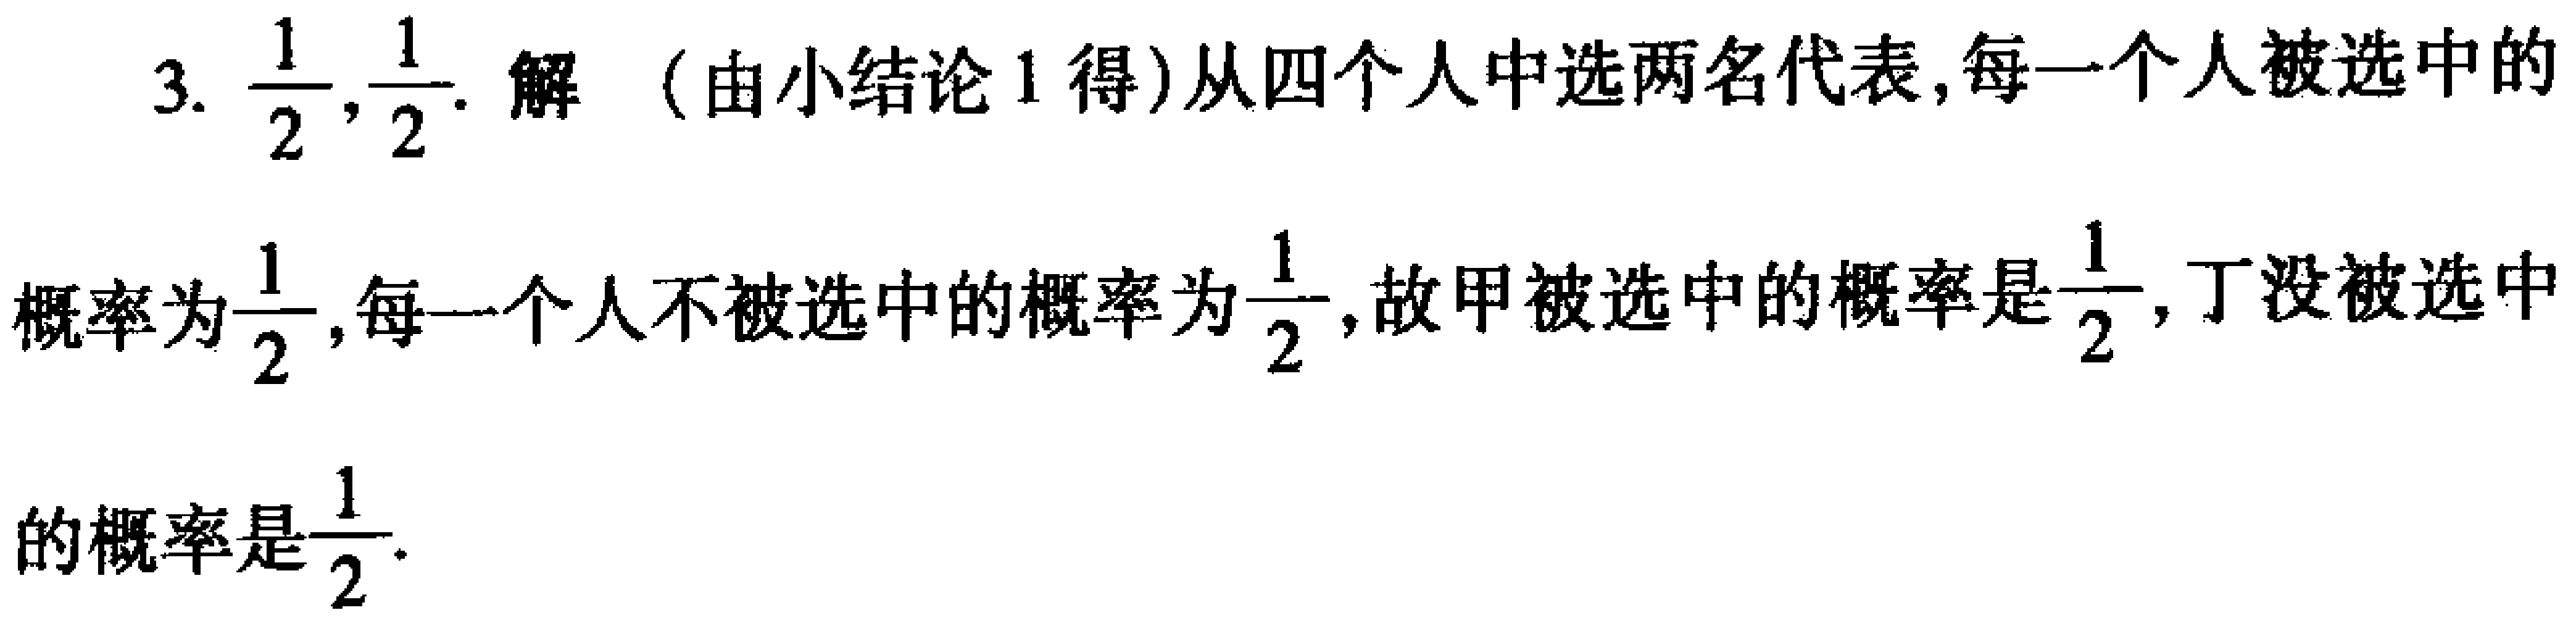
3. $\frac{1}{2},\frac{1}{2}$. 解 （由小结论 1 得）从四个人中选两名代表,每一个人被选中的概率为$\frac{1}{2}$,每一个人不被选中的概率为$\frac{1}{2}$,故甲被选中的概率是$\frac{1}{2}$,丁没被选中的概率是$\frac{1}{2}$.